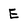
Character: E